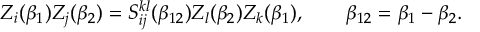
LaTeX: Z _ { i } ( \beta _ { 1 } ) Z _ { j } ( \beta _ { 2 } ) = S _ { i j } ^ { k l } ( \beta _ { 1 2 } ) Z _ { l } ( \beta _ { 2 } ) Z _ { k } ( \beta _ { 1 } ) , \qquad \beta _ { 1 2 } = \beta _ { 1 } - \beta _ { 2 } .